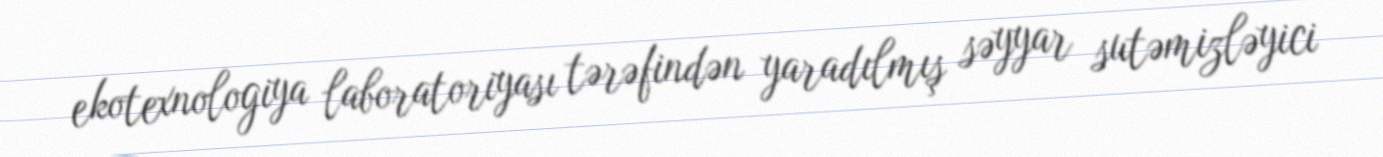
ekotexnologiya laboratoriyası tərəfindən yaradılmış səyyar sutəmizləyici